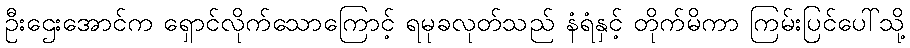
ဦးဌေးအောင်က ရှောင်လိုက်သောကြောင့် ရမုခလုတ်သည် နံရံနှင့် တိုက်မိကာ ကြမ်းပြင်ပေါ်သို့